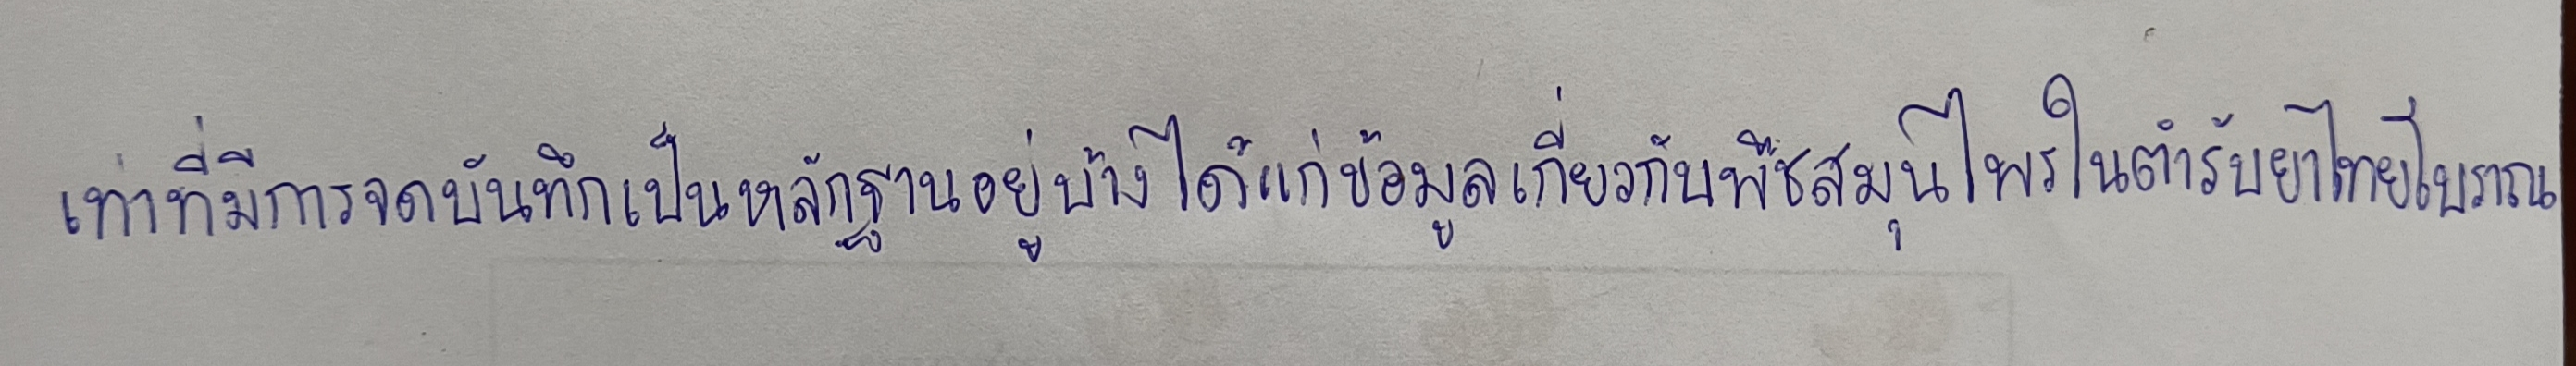
เท่าที่มีการจดบันทึกเป็นหลักฐานอยู่บ้างได้แก่ข้อมูลเกี่ยวกับพืชสมุนไพรในตำรับยาไทยโบราณ